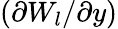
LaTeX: (\partial W_{l}/\partial y)